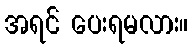
အရင် ပေးရမလား။